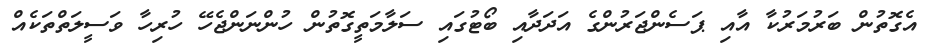
އެގޮތުން ބަރުމަރުކާ އާއި ޕަސެންޖަރުންގެ އަދަދާއި ބޯޓުގައި ސަލާމަތީގޮތުން ހުންނަންޖެހޭ ހުރިހާ ވަސީލަތްތަކެއް